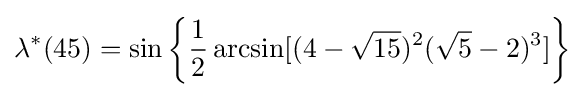
\lambda ^{*}(45)=\sin \left\{{\frac {1}{2}}\arcsin[(4-{\sqrt {15}})^{2}({\sqrt {5}}-2)^{3}]\right\}